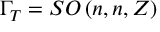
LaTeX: \Gamma _ { T } = S O \left( n , n , Z \right)